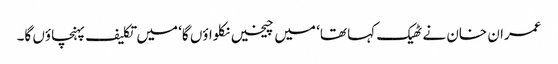
عمران خان نے ٹھیک کہا تھا‘ میں چیخیں نکلواؤں گا‘ میں تکلیف پہنچاؤں گا۔